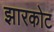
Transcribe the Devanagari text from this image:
झारकोट